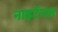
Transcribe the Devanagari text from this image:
नाइटेंगल